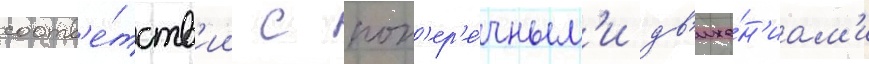
соотв'е́тств'ии с поп'ер'е́чным'и дв'иже́н'иам'и